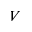
V